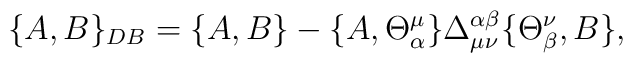
\{A,B\}_{DB}=\{A,B\}-\{A,\Theta _\alpha ^\mu\}\Delta _{\mu\nu}^{\alpha \beta }\{\Theta _\beta ^\nu, B\} ,